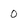
Character: 0